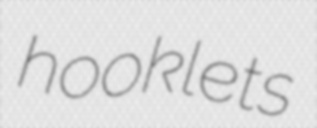
hooklets